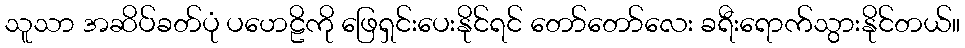
သူသာ အဆိပ်ခတ်ပုံ ပဟေဠိကို ဖြေရှင်းပေးနိုင်ရင် တော်တော်လေး ခရီးရောက်သွားနိုင်တယ်။